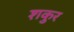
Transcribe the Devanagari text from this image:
शकुर